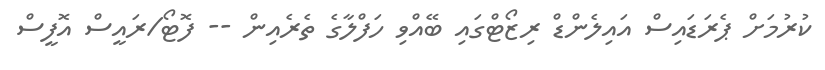
ކުރުމަށް ޕެރަޑައިސް އައިލެންޑް ރިޒޯޓްގައި ބޭއްވި ހަފްލާގެ ތެރެއިން -- ފޮޓޯ/ރައީސް އޮފީސް